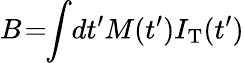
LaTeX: B\! =\! \! \int\! dt^{\prime}M(t^{\prime})I_{\mathrm{T}}(t^{\prime})